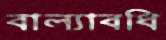
বাল্যাবধি